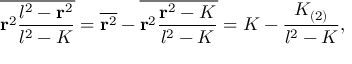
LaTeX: \overline { { { { \bf r } ^ { 2 } { \frac { l ^ { 2 } - { \bf r } ^ { 2 } } { l ^ { 2 } - K } } } } } = \overline { { { { \bf r } ^ { 2 } } } } - \overline { { { { \bf r } ^ { 2 } { \frac { { \bf r } ^ { 2 } - K } { l ^ { 2 } - K } } } } } = K - { \frac { K _ { ( 2 ) } } { l ^ { 2 } - K } } ,